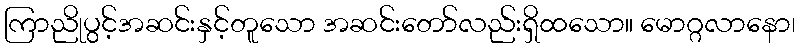
ကြာညိုပွင့်အဆင်းနှင့်တူသော အဆင်းတော်လည်းရှိထသော။ မောဂ္ဂလာနော၊